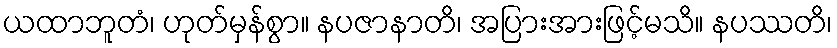
ယထာဘူတံ၊ ဟုတ်မှန်စွာ။ နပဇာနာတိ၊ အပြားအားဖြင့်မသိ။ နပဿတိ၊